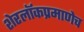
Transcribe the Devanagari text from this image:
शेरलाॅकप्रमाणेच